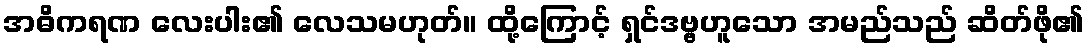
အဓိကရဏ လေးပါး၏ လေသမဟုတ်။ ထို့ကြောင့် ရှင်ဒဗ္ဗဟူသော အမည်သည် ဆိတ်ဖို၏